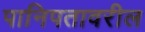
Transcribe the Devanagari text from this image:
पानिपतावरील